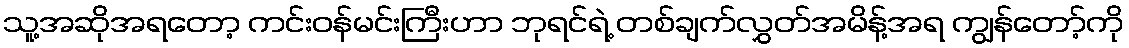
သူ့အဆိုအရတော့ ကင်းဝန်မင်းကြီးဟာ ဘုရင်ရဲ့ တစ်ချက်လွှတ်အမိန့်အရ ကျွန်တော့်ကို